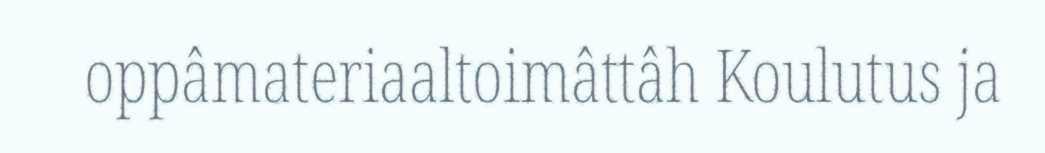
oppâmateriaaltoimâttâh Koulutus ja